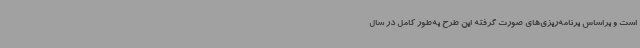
است و براساس برنامه‌ریزی‌های صورت گرفته این طرح به‌طور کامل در سال